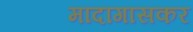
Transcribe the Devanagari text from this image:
मादागासकर